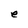
Character: e